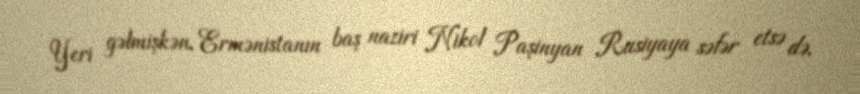
Yeri gəlmişkən, Ermənistanın baş naziri Nikol Paşinyan Rusiyaya səfər etsə də,